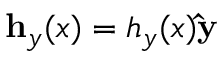
\mathbf { h } _ { y } ( x ) = h _ { y } ( x ) \mathbf { \hat { y } }